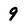
Character: 9